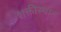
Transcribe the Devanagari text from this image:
शक्तीस्थान